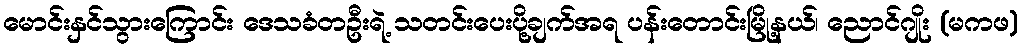
မောင်းနှင်သွားကြောင်း ဒေသခံတဦးရဲ့ သတင်းပေးပို့ချက်အရ ပန်းတောင်းမြို့နယ်၊ ညောင်ဂျိုး (မကဖ)